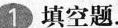
1填空题。